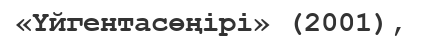
«Үйгентасөңірі» (2001),